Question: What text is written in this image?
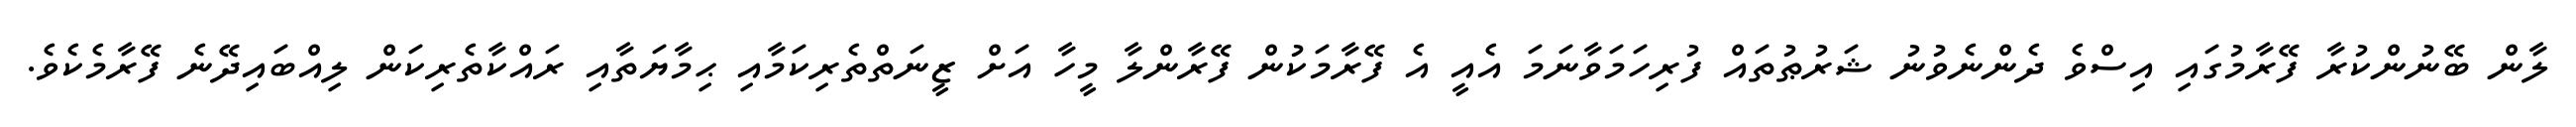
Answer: ލާން ބޭނުންކުރާ ފޭރާމުގައި އިސްވެ ދެންނެވުނު ޝަރުޠުތައް ފުރިހަމަވާނަމަ އެއީ އެ ފޭރާމަކުން ފޭރާންލާ މީހާ އަށް ޒީނަތްތެރިކަމާއި ޙިމާޔަތާއި ރައްކާތެރިކަން ލިއްބައިދޭނެ ފޭރާމެކެވެ.